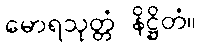
မောရသုတ္တံ နိဋ္ဌိတံ။